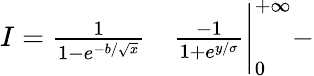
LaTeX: \begin{array}{rl}{I=\frac{1}{1-e^{-b/\sqrt{x}}}}&{{}\frac{-1}{1+e^{y/\sigma}}\Bigg|_{0}^{+\infty}-}\end{array}